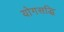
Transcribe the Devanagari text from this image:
योगसद्धि